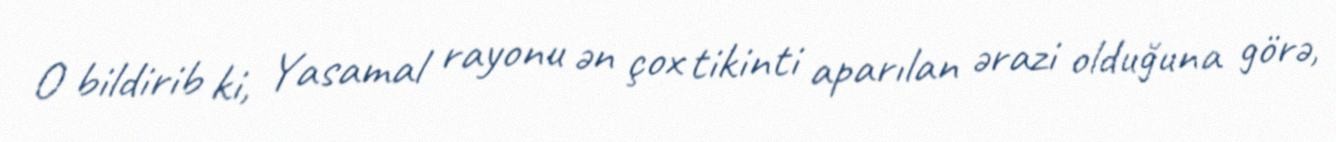
O bildirib ki, Yasamal rayonu ən çox tikinti aparılan ərazi olduğuna görə,